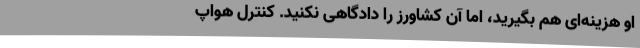
او هزینه‌ای هم بگیرید، اما آن کشاورز را دادگاهی نکنید. کنترل هواپ